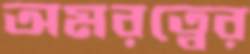
অমরত্বের